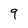
Character: 9